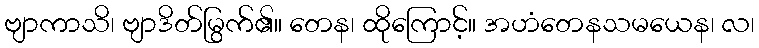
ဗျာကာသိ၊ ဗျာဒိတ်မြွက်၏။ တေန၊ ထိုကြောင့်။ အဟံတေနသမယေန၊ လ၊